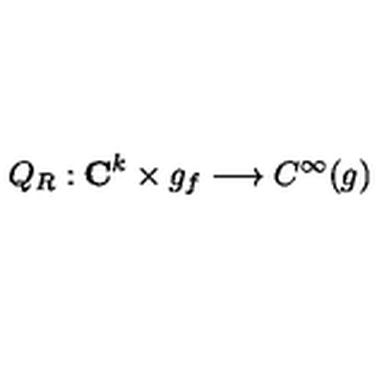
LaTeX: Q _ { R } : { \bf C } ^ { k } \times g _ { f } \longrightarrow C ^ { \infty } ( g )